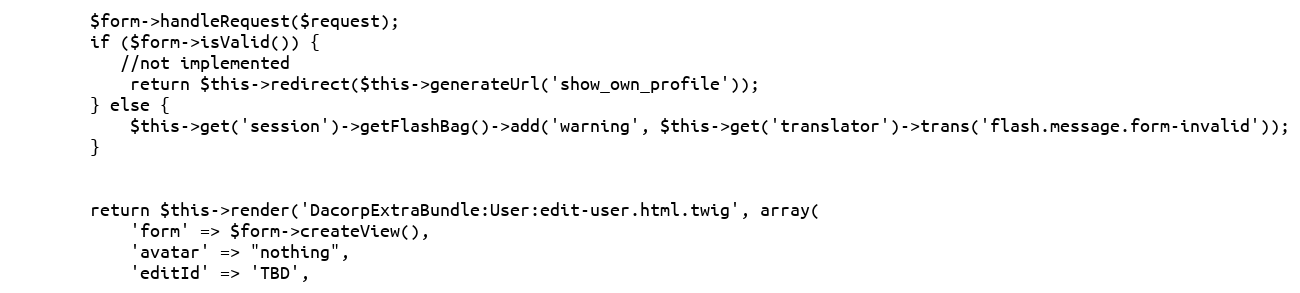
Language: PHP
        $form->handleRequest($request);
        if ($form->isValid()) {
           //not implemented
            return $this->redirect($this->generateUrl('show_own_profile'));
        } else {
            $this->get('session')->getFlashBag()->add('warning', $this->get('translator')->trans('flash.message.form-invalid'));
        }

        return $this->render('DacorpExtraBundle:User:edit-user.html.twig', array(
            'form' => $form->createView(),
            'avatar' => "nothing",
            'editId' => 'TBD',